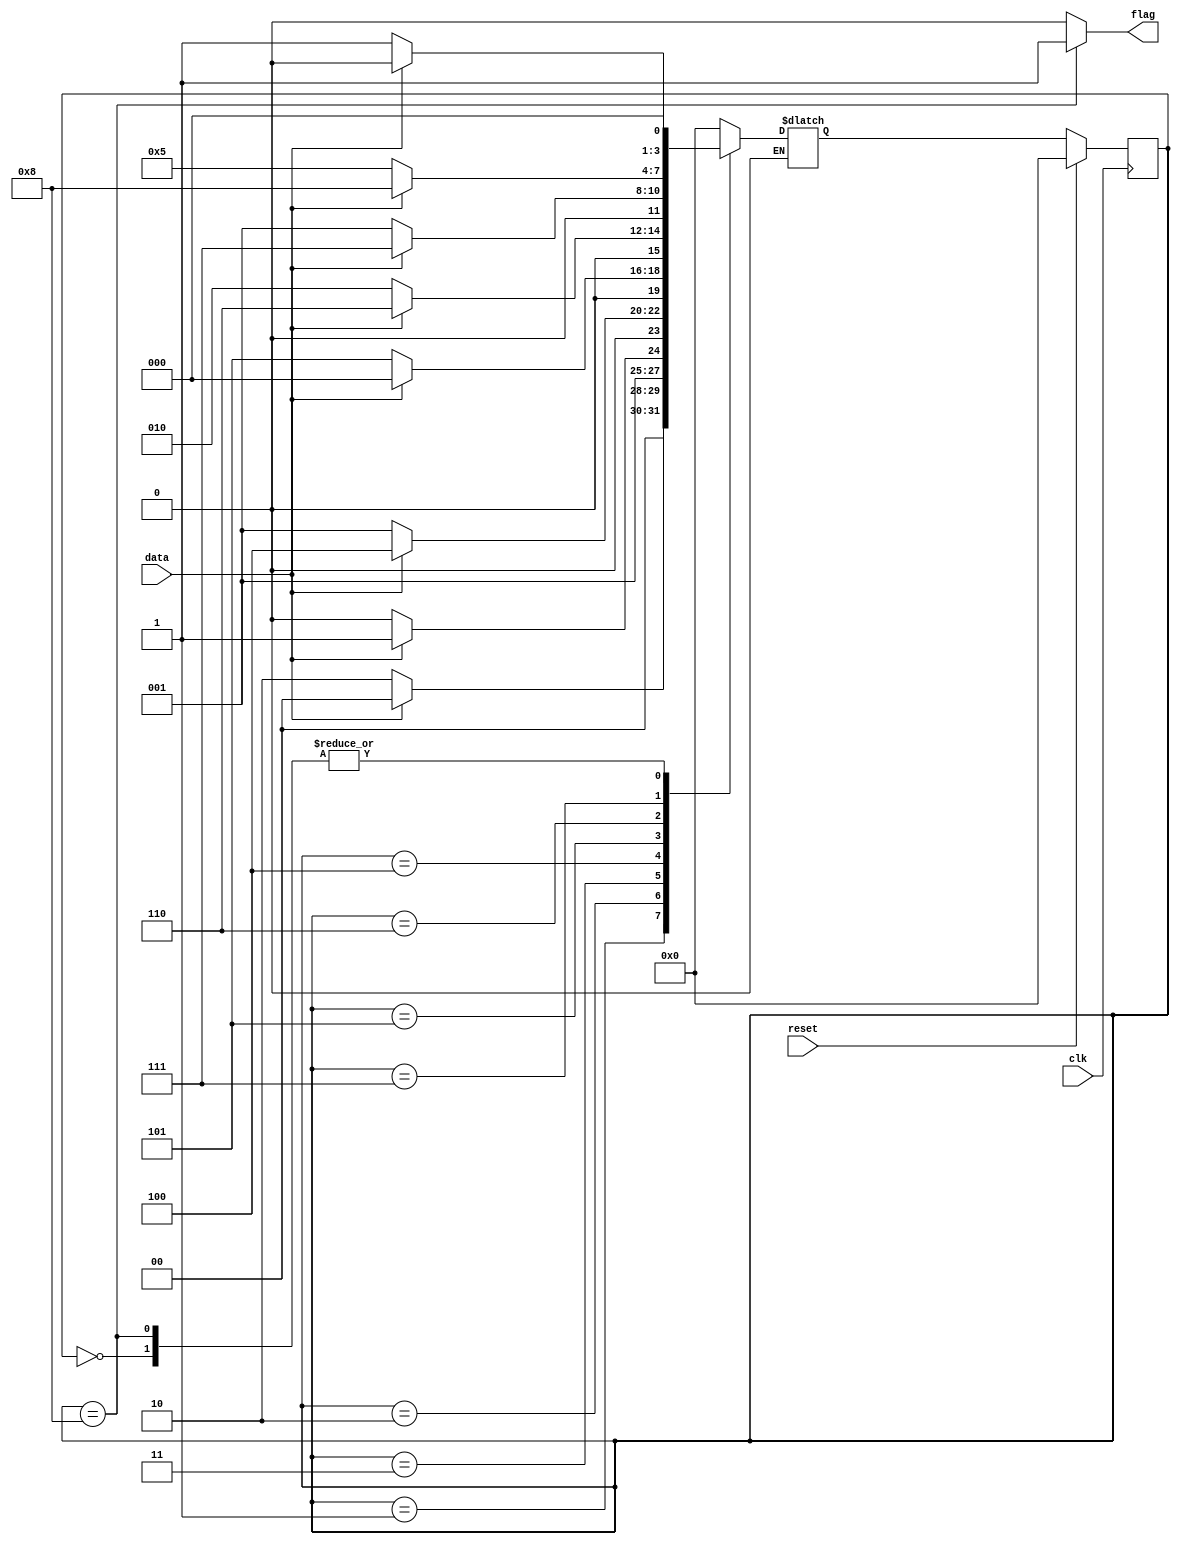
module PAT(clk, reset, data, flag);
	
	input clk, reset, data;
	output flag;
	
	parameter S0 = 4'b0000;
	parameter S1 = 4'b0001;
	parameter S2 = 4'b0010;
	parameter S3 = 4'b0011;
	parameter S4 = 4'b0100;
	parameter S5 = 4'b0101;
	parameter S6 = 4'b0110;
	parameter S7 = 4'b0111;
	parameter S8 = 4'b1000;
	reg[3:0] cur, next;
	
	assign flag = (cur == S8) ? 1 : 0;
	
	always@(posedge clk)
	begin
		if(reset) 
			cur <= S0;
		else
			cur <= next;
	end
	
	always@(cur, data)
	begin
		case(cur)
			S0:
			begin
				if(data == 0)
					next = S1;
				else if(data == 1)
					next = S0;
			end
			S1:
			begin
				if(data == 0)
					next = S2;
				else if(data == 1)
					next = S0;
			end
			S2:
			begin
				if(data == 0)
					next = S2;
				else if(data == 1)
					next = S3;
			end
			S3:
			begin
				if(data == 0)
					next = S1;
				else if(data == 1)
					next = S4;
			end
			S4:
			begin
				if(data == 0)
					next = S5;
				else if(data == 1)
					next = S0;
			end
			S5:
			begin
				if(data == 0)
					next = S2;
				else if(data == 1)
					next = S6;
			end
			S6:
			begin
				if(data == 0)
					next = S1;
				else if(data == 1)
					next = S7;
			end
			S7:
			begin
				if(data == 0)
					next = S5;
				else if(data == 1)
					next = S8;
			end
			S8:
			begin
				if(data == 0)
					next = S1;
				else if(data == 1)
					next = S0;
			end
			default
				next = S0;
		endcase
	end
endmodule